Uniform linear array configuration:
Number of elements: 16
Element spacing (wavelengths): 0.5
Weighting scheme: hann
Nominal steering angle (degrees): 30
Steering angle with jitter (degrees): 28.663
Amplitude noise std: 0.05
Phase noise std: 0.05

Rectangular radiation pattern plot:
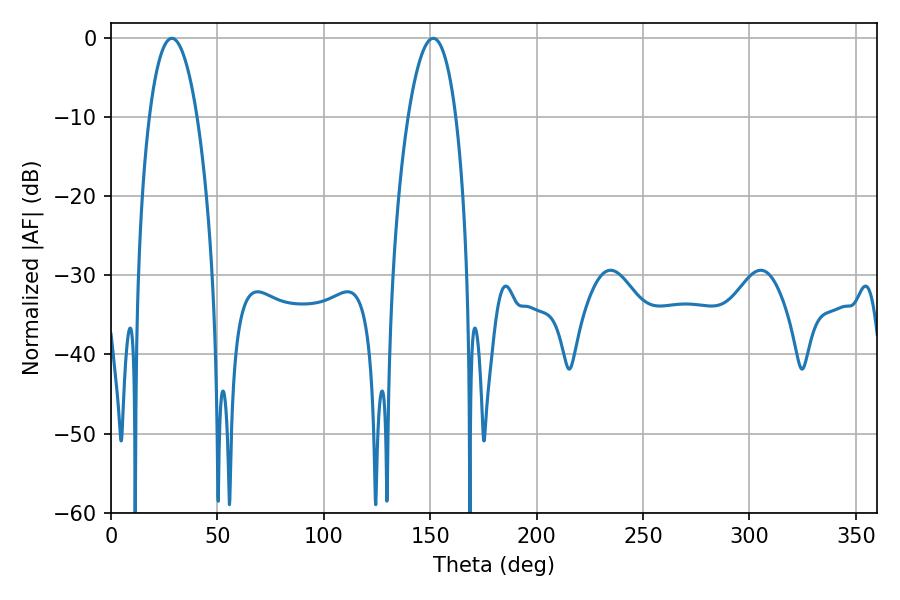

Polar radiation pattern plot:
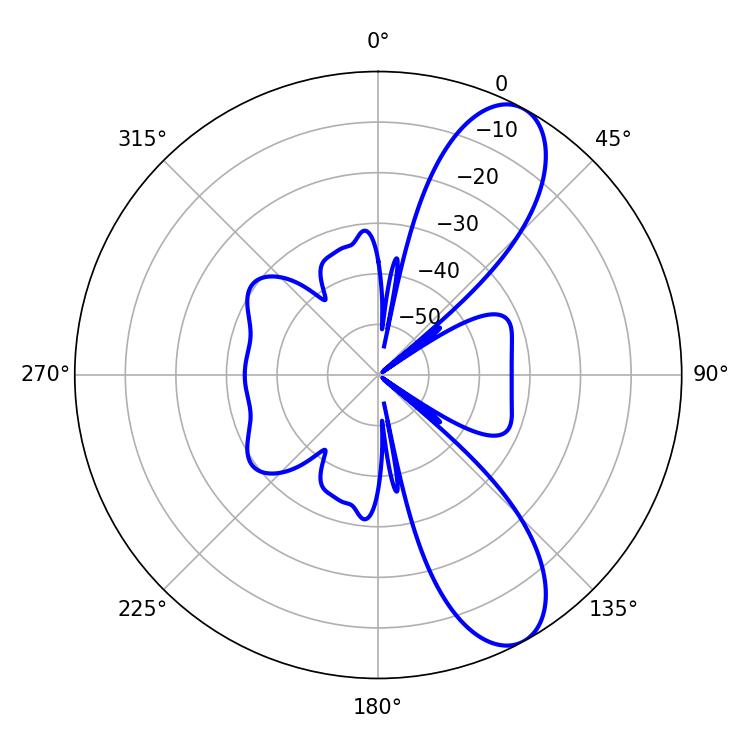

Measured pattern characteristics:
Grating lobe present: FALSE
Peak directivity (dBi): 9.515
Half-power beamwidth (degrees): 12.6
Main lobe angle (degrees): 28.62